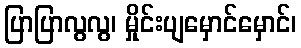
ပြာပြာလွလွ၊ မှိုင်းပျမှောင်မှောင်၊